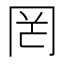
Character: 罔